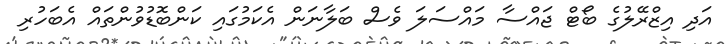
އަދި އިޒްރޭލުގެ ބޯޓް ޖައްސާ މައްސަލަ ވެސް ބަލާނަން އެކަމުގައި ކަންބޮޑުވުންތައް އެބަހުރި